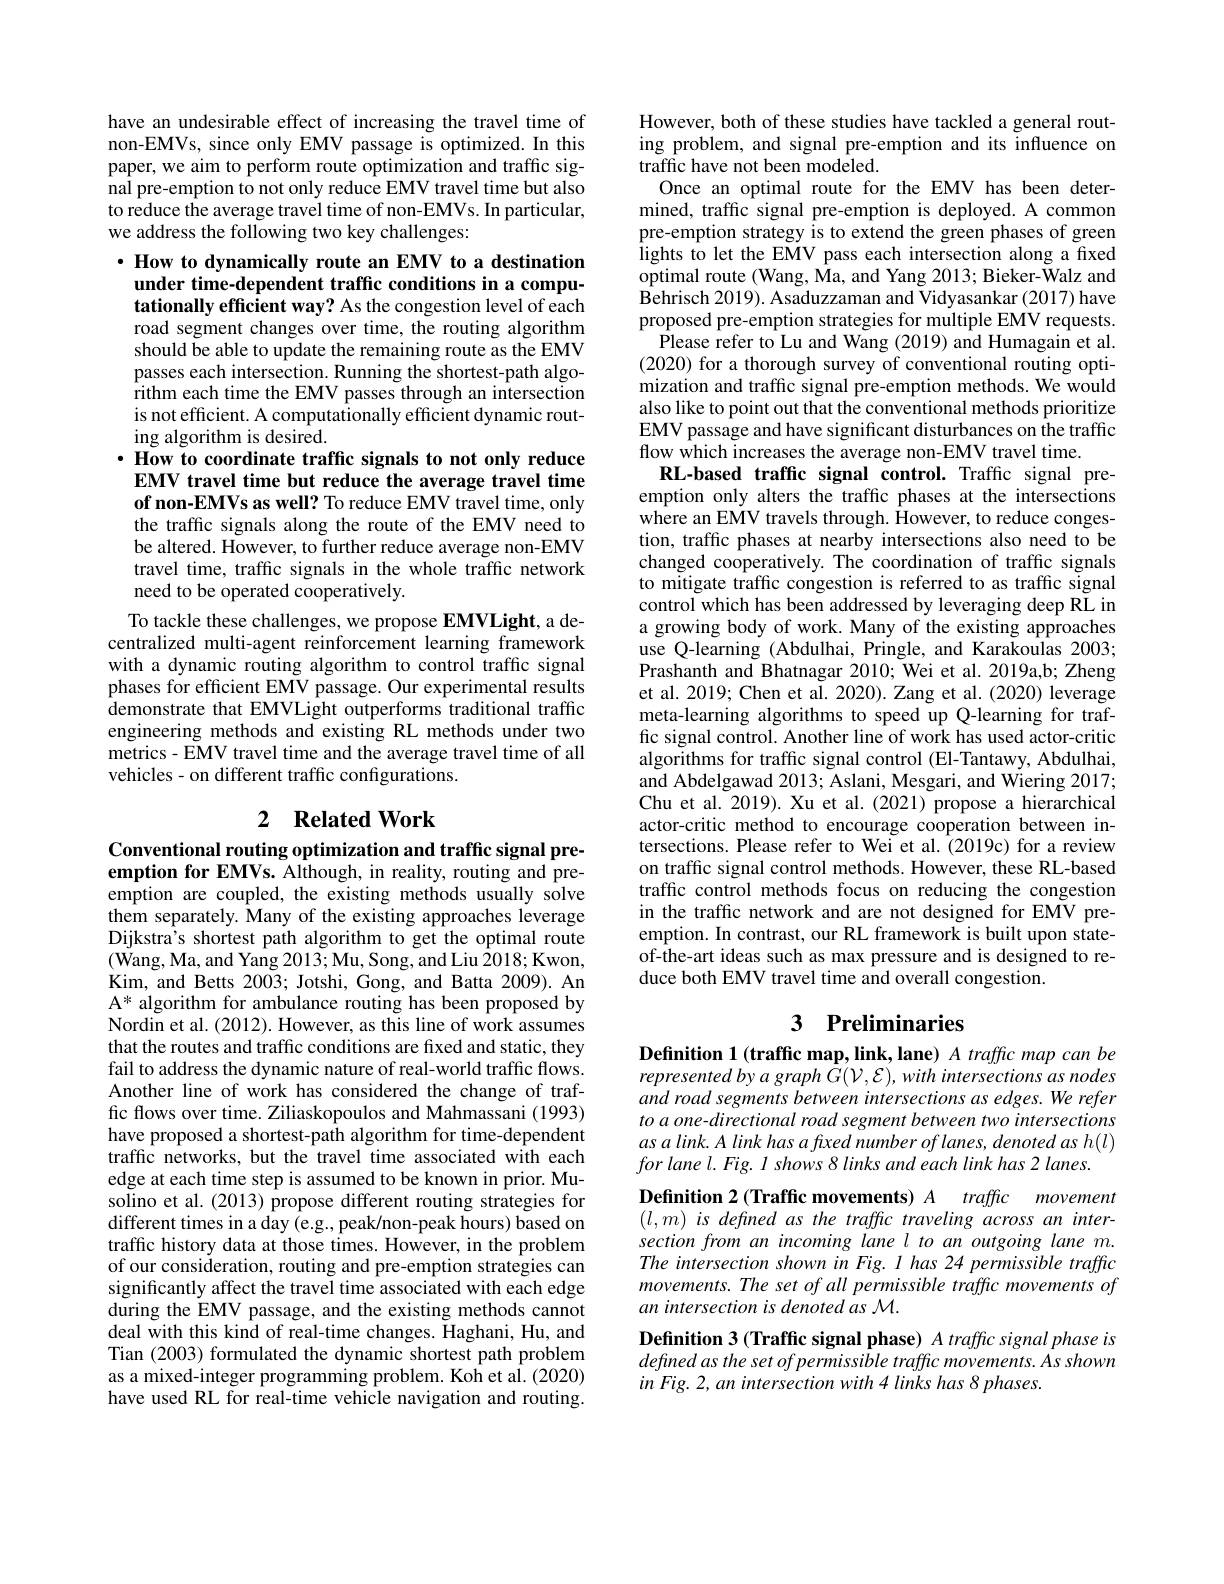
have an undesirable effect of increasing the travel time of non-EMVs, since only EMV passage is optimized. In this paper, we aim to perform route optimization and traffic signal pre-emption to not only reduce EMV travel time but also to reduce the average travel time of non-EMVs. In particular, we address the following two key challenges:

$\cdot \textbf{ How to dynamically route an EMV to a destination}$ under time-dependent traffc conditions in a computationally efficient way? As the congestion level of each

ing algorithm is desired.
$\cdot \textbf{How to coordinate traffic signals to not only reduce}$ EMV travel time but reduce the average travel time of non-EMVs as well? To reduce EMV travel time, only

road segment changes over time, the routing algorithm should be able to update the remaining route as the EMV passes each intersection. Running the shortest-path algo- $\hat{\text{rithm each time the EMV passes through an intersection}}$ is not efficient. A computationally efficient dynamic routthe traffic signals along the route of the EMV need to be altered. However, to further reduce average non-EMV travel time, traffic signals in the whole traffic network need to be operated cooperatively.
To tackle these challenges, we propose EMVLight, a decentralized multi-agent reinforcement learning framework with a dynamic routing algorithm to control traffic signal phases for efficient EMV passage. Our experimental results demonstrate that EMVLight outperforms traditional traffic engineering methods and existing RL methods under two metrics- EMV travel time and the average travel time of all vehicles - on different traffic configurations.

## 2 $\textbf{Related Work}$

Conventional routing optimization and traffic signal preemption for EMVs. Although, in reality, routing and preemption are coupled, the existing methods usually solve them separately. Many of the existing approaches leverage Dijkstra's shortest path algorithm to get the optimal route $(\tilde{\text{Wang, Ma, and Yang 2013; Mu, Song, and Liu 2018; Kwon,}}$ Kim, and Betts 2003; Jotshi, Gong, and Batta 2009). An A* algorithm for ambulance routing has been proposed by Nordin et al. (2012). However, as this line of work assumes that the routes and traffic conditions are fixed and static, they fail to address the dynamic nature of real-world traffic flows. Another line of work has considered the change of traffic flows over time. Ziliaskopoulos and Mahmassani (1993) have proposed a shortest-path algorithm for time-dependent traffic networks, but the travel time associated with each edge at each time step is assumed to be known in prior. Musolino et al. (2013) propose different routing strategies for different times in a day (e.g., peak/non-peak hours) based on traffic history data at those times. However, in the problem of our consideration, routing and pre-emption strategies can significantly affect the travel time associated with each edge during the EMV passage, and the existing methods cannot deal with this kind of real-time changes. Haghani, Hu, and Tian (2003) formulated the dynamic shortest path problem as a mixed-integer programming problem. Koh et al. (2020) have used RL for real-time vehicle navigation and routing.

However, both of these studies have tackled a general routing problem, and signal pre-emption and its influence on traffic have not been modeled.
Once an optimal route for the EMV has been determined, traffic signal pre-emption is deployed. A common pre-emption strategy is to extend the green phases of green lights to let the EMV pass each intersection along a fixed optimal route (Wang, Ma, and Yang 2013; Bieker-Walz and $\hat{\text{Behrisch 2019). Asaduzzaman and Vidyasankar(2017) have}}$ proposed pre-emption strategies for multiple EMV requests.
Please refer to Lu and Wang (2019) and Humagain et al. (2020) for a thorough survey of conventional routing optimization and traffic signal pre-emption methods. We would also like to point out that the conventional methods prioritize EMV passage and have significant disturbances on the traffic flow which increases the average non-EMV travel time.
RL-based traffic signal control. Traffic signal preemption only alters the traffic phases at the intersections where an EMV travels through. However, to reduce congestion, traffic phases at nearby intersections also need to be changed cooperatively. The coordination of traffic signals to mitigate traffic congestion is referred to as traffic signal control which has been addressed by leveraging deep RL in a growing body of work. Many of the existing approaches use Q-learning (Abdulhai, Pringle, and Karakoulas 2003; Prashanth and Bhatnagar 2010; Wei et al. 2019a,b; Zheng et al. 2019; Chen et al. 2020). Zang et al. (2020) leverage meta-learning algorithms to speed up Q-learning for traffic signal control. Another line of work has used actor-critic algorithms for traffic signal control (El-Tantawy, Abdulhai, and Abdelgawad 2013; Aslani, Mesgari, and Wiering 2017; Chu et al. 2019). Xu et al. (2021) propose a hierarchical actor-critic method to encourage cooperation between intersections. Please refer to Wei et al.(2019c) for a review on traffic signal control methods. However, these RL-based traffic control methods focus on reducing the congestion in the traffic network and are not designed for EMV preemption. In contrast, our RL framework is built upon stateof-the-art ideas such as max pressure and is designed to reduce both EMV travel time and overall congestion.
3 Preliminaries

Definition 1 (traffic map, link, lane) A traffic map can be represented by a graph $G(\mathcal{V},\mathcal{E}),with$ intersections as nodes and road segments between intersections as edges. We refer to a one- directional road segment between two intersections $asalink.Alinkhasafixednumberoflanes,denotedash(l)$ $for\textit{lane l. Fig. l shows 8 links and each link has 2 lanes. }$
Definition 2 (Traffic movements) A traffic movement $(l,m)$ is defined as the traffic traveling across an intersection from an incoming lane l to an outgoing lane m. The intersection shown in Fig. I has 24 permissible traffic movements. The set of all permissible traffc movements of an intersection is denoted as M.
Definition 3 (Traffic signal phase) A traffic signal phase is

defined as the set of permissible traffic movements. As shown
in Fig. 2, an intersection with 4 links has 8 phases.